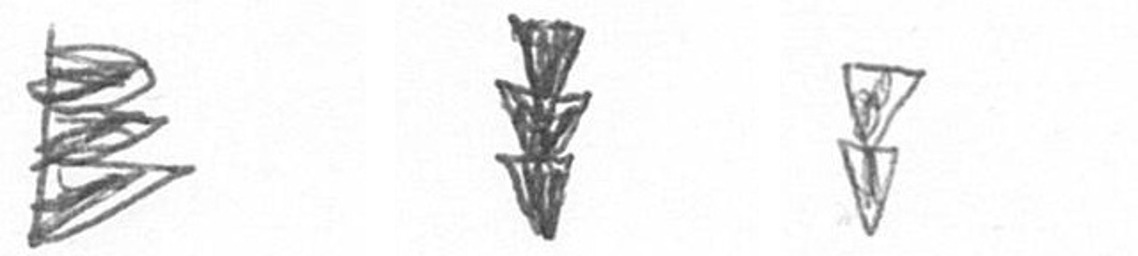
H E Z